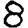
Digit: 8